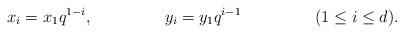
LaTeX: \begin{align*} x_i &= x_1 q^{1-i}, & y_i &= y_1 q^{i-1} && (1 \leq i \leq d). \end{align*}